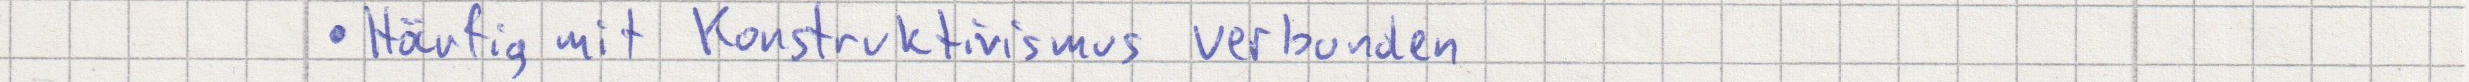
Häufig mit Konstruktivismus verbunden